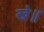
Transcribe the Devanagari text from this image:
खे॥